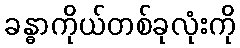
ခန္ဓာကိုယ်တစ်ခုလုံးကို